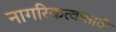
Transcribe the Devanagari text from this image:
नागरिकत्वासाठी